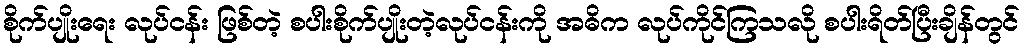
စိုက်ပျိုးရေး လုပ်ငန်း ဖြစ်တဲ့ စပါးစိုက်ပျိုးတဲ့လုပ်ငန်းကို အဓိက လုပ်ကိုင်ကြသလို စပါးရိတ်ပြီးချိန်တွင်